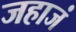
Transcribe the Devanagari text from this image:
जहाजं